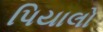
પિયાલો